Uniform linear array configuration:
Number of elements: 32
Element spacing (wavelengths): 0.75
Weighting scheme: exponential
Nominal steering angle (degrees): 30
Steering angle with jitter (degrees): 30.222
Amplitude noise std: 0.05
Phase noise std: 0.05

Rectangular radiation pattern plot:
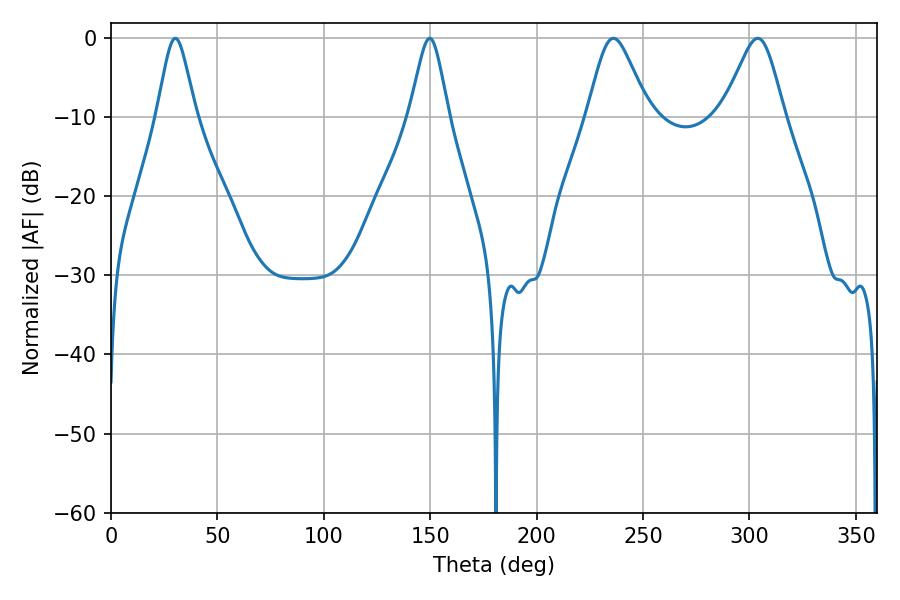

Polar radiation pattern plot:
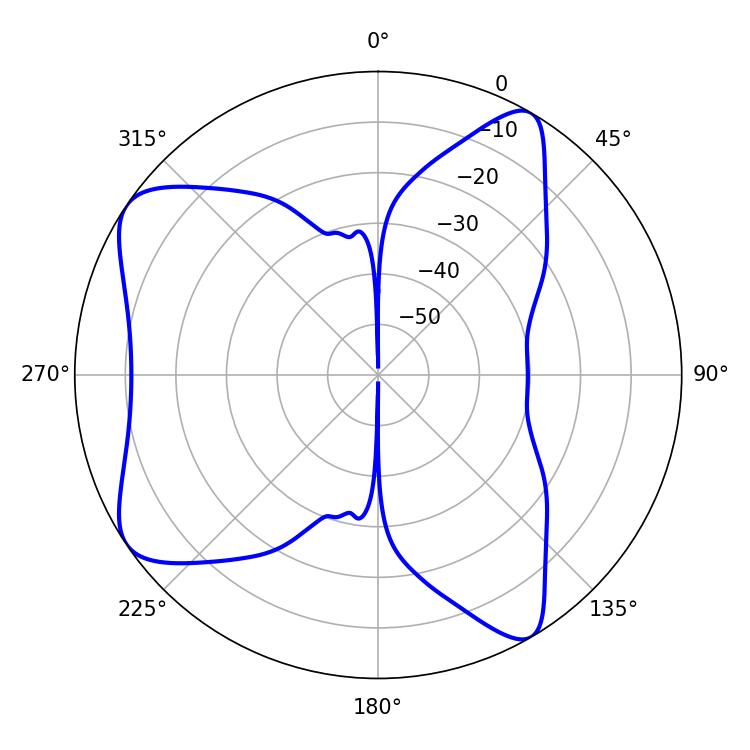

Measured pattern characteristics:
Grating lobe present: TRUE
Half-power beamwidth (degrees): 8.82
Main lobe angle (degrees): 30.24